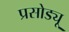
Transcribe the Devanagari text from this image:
प्रसोड्यू